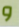
و